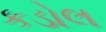
કડોલ